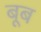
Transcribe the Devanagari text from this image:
बूब